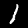
Label: 1